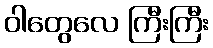
ဝါတွေလေ ကြီးကြီး